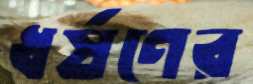
ধর্ষণের